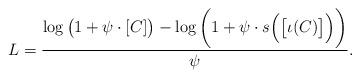
LaTeX: \begin{align*} L = \frac{\log\big(1 + \psi \cdot [C]\big) - \log\bigg(1 + \psi \cdot s\Big(\big[\iota(C)\big]\Big)\bigg)}{\psi}.\end{align*}